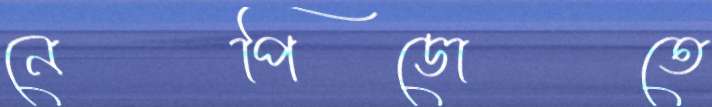
নেপিডোতে